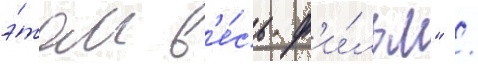
э́том в'е́сь ф'и́льм" /